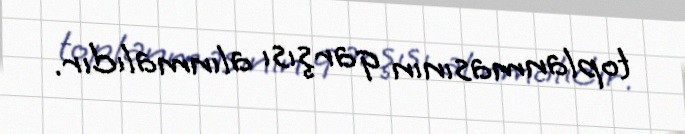
toplanmasının qarşısı alınmalıdır.